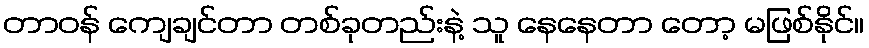
တာဝန် ကျေချင်တာ တစ်ခုတည်းနဲ့ သူ နေနေတာ တော့ မဖြစ်နိုင်။